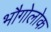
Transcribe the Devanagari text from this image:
भौगोलोक